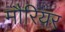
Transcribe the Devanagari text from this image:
मौरियर